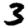
Digit: 3